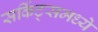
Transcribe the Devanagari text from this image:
सर्किट्समध्ये